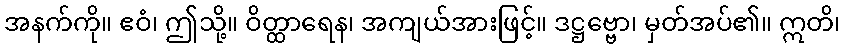
အနက်ကို။ ဧဝံ၊ ဤသို့။ ဝိတ္ထာရေန၊ အကျယ်အားဖြင့်။ ဒဋ္ဌဗ္ဗော၊ မှတ်အပ်၏။ ဣတိ၊